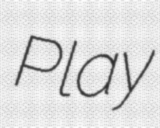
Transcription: Play